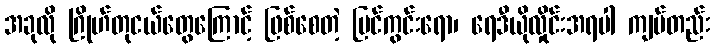
အခုလို ဂြိုဟ်တုငယ်တွေကြောင့် ဖြစ်စေတဲ့ မြင်ကွင်းရော၊ ရေဒီယိုလှိုင်းအရပါ ကျပ်တည်း